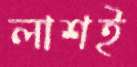
লাশই